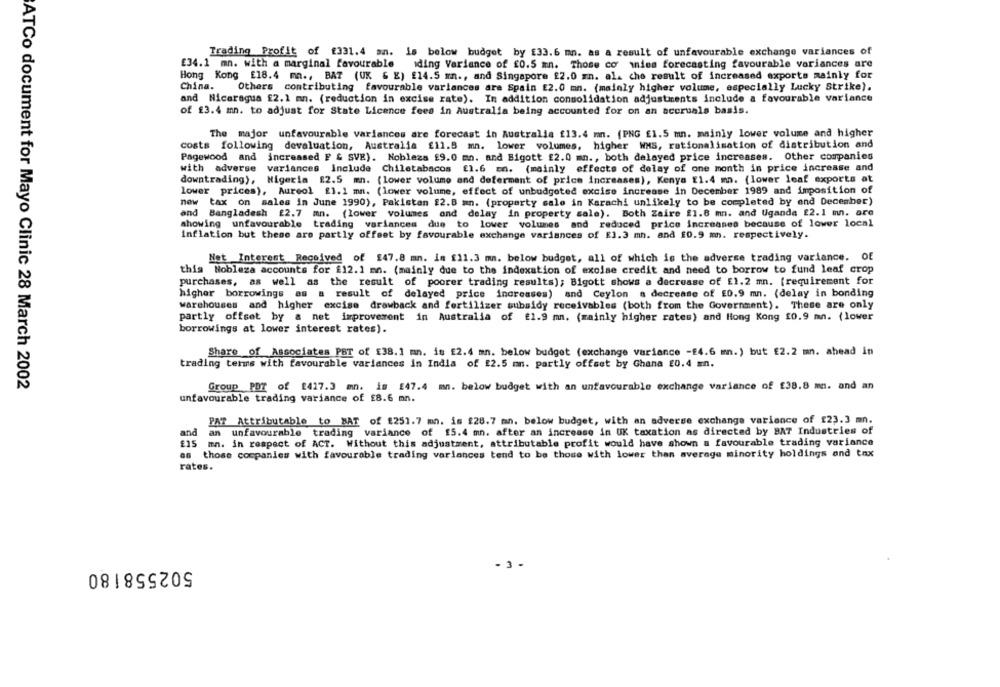
Trading Profit of £331.4 an. is below budget by £33.6 mm. as a result of unfavourable exchange variances of
£34.1 mn. with a marginal favourable iding Variance of £0.5 mn. Those co mies forecasting favourable variances are
Hong Kong £18.4 mn ., BAT (UK & E) £14.5 mn ., and Singapore £2.0 mn. al. che result of increased exports mainly for
China.
Others contributing favourable variances are Spain £2.0 mn. (mainly higher volume, especially Lucky Strike).
and Nicaragua £2.1 mn. (reduction in excise rate). In addition consolidation adjustments include a favourable variance
of £3.4 mn. to adjust for State Licence fees in Australia being accounted for on an accruals basis.
The major unfavourable variances are forecast in Australia £13.4 mm. (PNG £1.5 mn. mainly lower volume and higher
costs following devaluation, Australia £1l.B mn. lower volumes, higher WNS, rationalisation of distribution and
Pagewood and increased F & SVE). Nobleza £9.0 mn. and Bigott £2.0 mn ., both delayed price increases. Other companies
with adverse variances Include Chiletabacos £1.6 En. (mainly effects of delay of one month in price increase and
downtrading), Nigeria £2.5 mn. (lower volume and deferment of price increases), Kenya £1.4 mn. (lower leaf exports at
lower prices), Aureol £1.1 mn. (lower volume, effect of unbudgeted excise increase in December 1989 and imposition of
new tax on sales in June 1990), Pakistan 22.B mn. (property sale in Karachi unlikely to be completed by end December)
and Bangladesh £2.7 mn. (lower volumes and delay in property sale). Both Zaire £1.8 mm. and Uganda 22.1 mn. are
showing unfavourable
trading variances due to lower volumes and reduced price increases because of lower local
Inflation but these are partly offset by favourable exchange variances of E1.3 mn. and £0.9 mm. respectively.
Net Interest Received of £47.8 mn. in f11.3 mm. below budget, all of which is the adverse trading variance. Of
this Nobleza accounts for £12.1 mn. (mainly due to the indexation of excise credit and need to borrow to fund leaf crop
purchases, as well as the result of poorer trading results); Bigott shows a decrease of £1.2 mn. [requirement for
higher borrowings as a result of delayed price increases) and Ceylon a decrease of 0.9 mn. (delay in bonding
warehouses and higher excise drawback and fertilizer subsidy receivables (both from the Government). These are only
partly offset by a net improverent in Australia of £1.9 mm. (mainly higher rates) and Hong Kong £0.9 mn. (lower
borrowings at lower interest rates).
Share of Associates PBT of E38. 1 mn. is E2.4 mn. below budget (exchange variance -24.6 mn.) but $2.2 mn. ahead in
trading terms with favourable variances in India of £2.5 mm. partly offset by Ghana £0.4 mn.
ATCo document for Mayo Clinic 28 March 2002
Group PDT of 2417.3 mn. is 247.4 mn. below budget with an unfavourable exchange variance of $38.8 mm. and an
unfavourable trading variance of £8.6 mn.
PAT Attributable to BAT of $251.7 mn. is $28.7 mn. below budget, with an adverse exchange variance of 123.3 mn.
and
an unfavourable trading variance of 15.4 mn. after an increase in UK taxation as directed by BAT Industries of
£15
mn. in respect of ACT. Without this adjustment, attributable profit would have shown a favourable trading variance
as those companies with favourable trading variances tend to be those with lower than average minority holdings and tax
rates.
502558180
-3 -